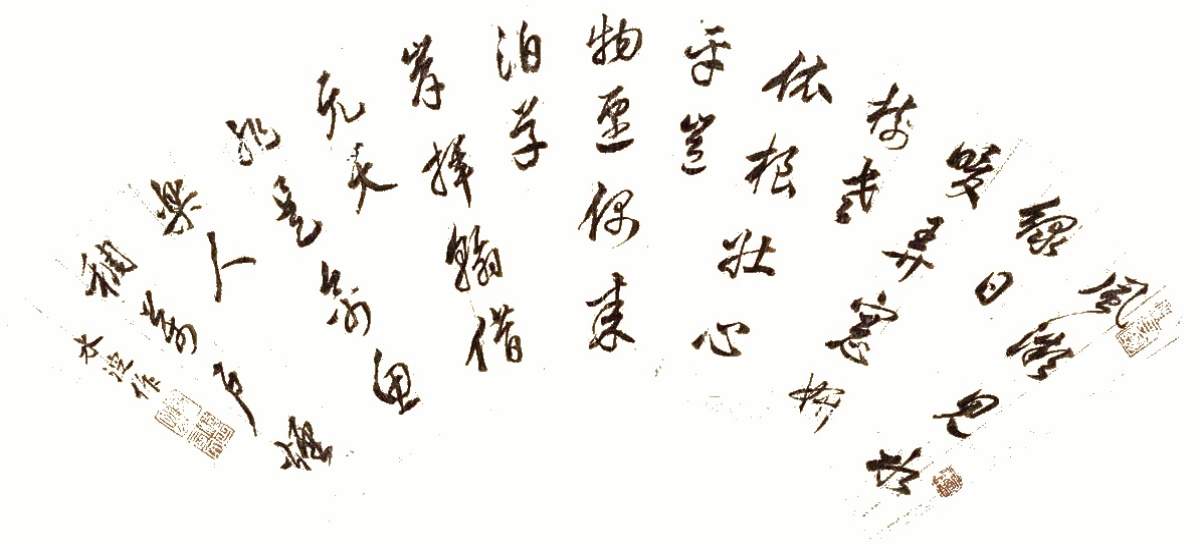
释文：风微见水绿，日暖弄窗妍。树老依根壮，心平岂物迁。偶来泊草岸，挥翰借元天。非是禽鱼乐，人稠万户烟。水淀作。